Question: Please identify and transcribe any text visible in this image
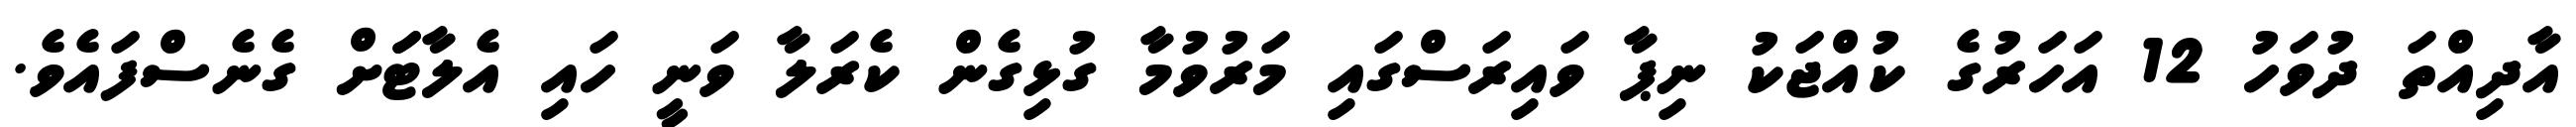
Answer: އާދިއްތަ ދުވަހު 12 އަހަރުގެ ކުއްޖަކު ނިޕާ ވައިރަސްގައި މަރުވުމާ ގުޅިގެން ކެރަލާ ވަނީ ހައި އެލާޓަަށް ގެނެސްފައެވެ.